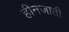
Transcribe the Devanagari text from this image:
हीनजाती